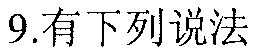
9.有下列说法